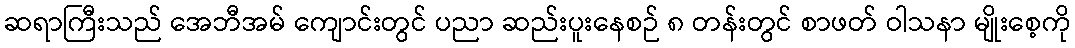
ဆရာကြီးသည် အေဘီအမ် ကျောင်းတွင် ပညာ ဆည်းပူးနေစဉ် ၈ တန်းတွင် စာဖတ် ဝါသနာ မျိုးစေ့ကို